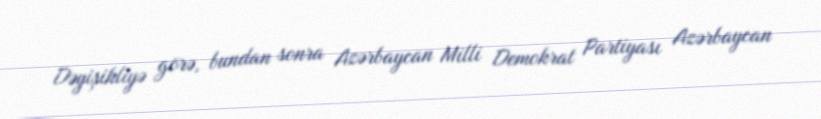
Dəyişikliyə görə, bundan sonra Azərbaycan Milli Demokrat Partiyası Azərbaycan